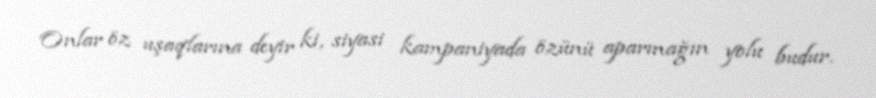
Onlar öz uşaqlarına deyir ki, siyasi kampaniyada özünü aparmağın yolu budur.